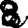
Digit: 8